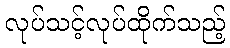
လုပ်သင့်လုပ်ထိုက်သည့်